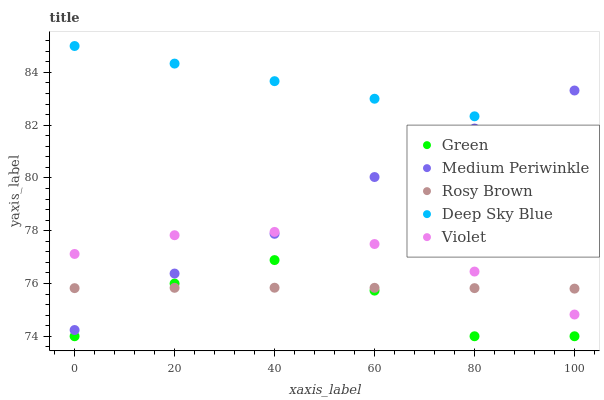
| xaxis_label | Green | Medium Periwinkle | Rosy Brown | Deep Sky Blue | Violet |
 | --- | --- | --- | --- | --- | --- |
 | 0 | 74 | 74.2 | 75.8 | 85 | 77.1 |
 | 20 | 76 | 76.4 | 75.8 | 84.3 | 77.8 |
 | 40 | 76.9 | 77.9 | 75.8 | 83.7 | 78 |
 | 60 | 75.7 | 80 | 75.8 | 83 | 77.5 |
 | 80 | 74 | 81.9 | 75.8 | 82.3 | 76.5 |
 | 100 | 74 | 83.3 | 75.8 | 81.7 | 74.8 |